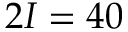
2 I = 4 0